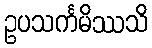
ဥပသင်္ကမိဿသိ